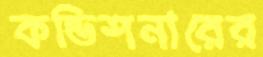
কন্ডিশনারের